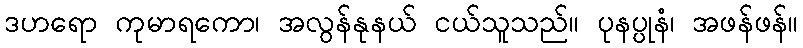
ဒဟရော ကုမာရကော၊ အလွန်နုနယ် ငယ်သူသည်။ ပုနပ္ပုနံ၊ အဖန်ဖန်။